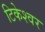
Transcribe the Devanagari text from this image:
टिकेश्वर